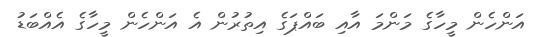
އަންހެން މީހާގެ މަންމަ އާއި ބައްޕަގެ އިތުރުން އެ އަންހެން މީހާގެ އެއްބަޑު